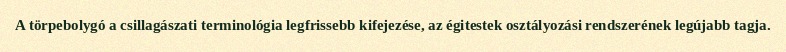
A törpebolygó a csillagászati terminológia legfrissebb kifejezése, az égitestek osztályozási rendszerének legújabb tagja.